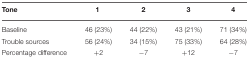
<table><thead><tr><td><b>Tone</b></td><td><b>1</b></td><td><b>2</b></td><td><b>3</b></td><td><b>4</b></td></tr></thead><tbody><tr><td>Baseline</td><td>46 (23%)</td><td>44 (22%)</td><td>43 (21%)</td><td>71 (34%)</td></tr><tr><td>Trouble sources</td><td>56 (24%)</td><td>34 (15%)</td><td>75 (33%)</td><td>64 (28%)</td></tr><tr><td>Percentage difference</td><td>+2</td><td>−7</td><td>+12</td><td>−7</td></tr></tbody></table>